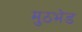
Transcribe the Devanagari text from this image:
मुठभ़ेड